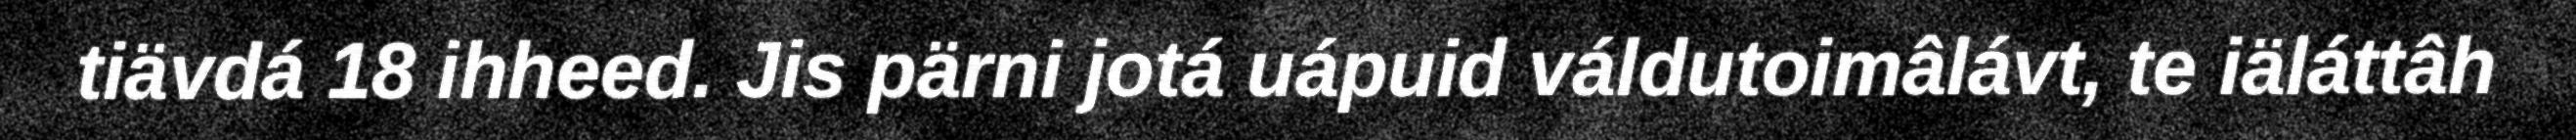
tiävdá 18 ihheed. Jis pärni jotá uápuid váldutoimâlávt, te iäláttâh